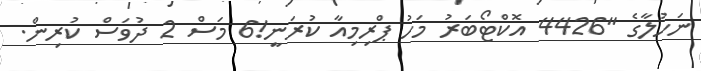
ނަހުލާގެ "4426 އޮކްޓޯބަަރު މަހު ޕްރިމިއާ ކުރަނީ!6 މަސް 2 ދުވަސް ކުރިން.